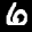
Label: 6